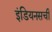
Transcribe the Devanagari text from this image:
इंडियनसची